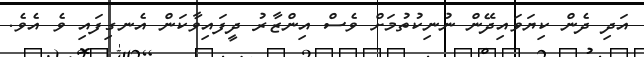
އަދި ދެން ކިޔަވައިދޭން ނުނިކުތުމަށް ވެސް އިންޒާރު ދީފައިވާކަން އެނގިފައި ވެ އެވެ.